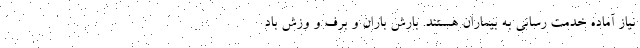
نیاز آماده خدمت رسانی به بیماران هستند. بارش باران و برف و وزش باد